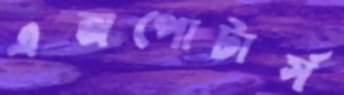
এক্সপোটার্স